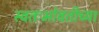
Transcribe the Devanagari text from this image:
स्वतःभोवतीच्या